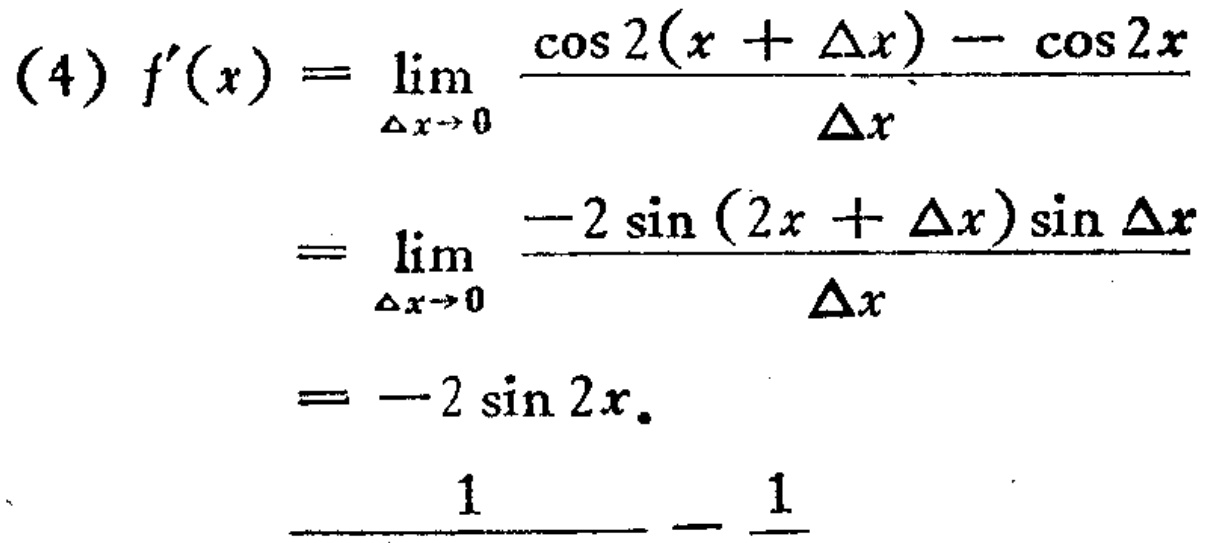
\[
\begin{align*}
(4)f^{\prime}(x)&=\lim_{\Delta x \to 0}\frac{\cos 2(x + \Delta x)-\cos 2x}{\Delta x}\\
&=\lim_{\Delta x \to 0}\frac{-2\sin(2x+\Delta x)\sin\Delta x}{\Delta x}\\
&=- 2\sin 2x.\\
&\frac{1}{}-\frac{1}{}
\end{align*}
\]